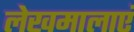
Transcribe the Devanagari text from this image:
लेखमालाएं